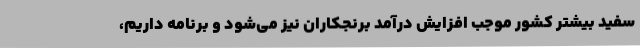
سفید بیشتر کشور موجب افزایش درآمد برنجکاران نیز می‌شود و برنامه داریم،